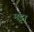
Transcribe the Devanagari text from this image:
मट्टा